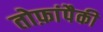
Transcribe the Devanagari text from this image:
तोफ़ांपैकी